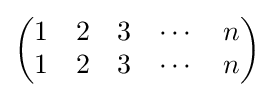
{\begin{pmatrix}1&2&3&\cdots &n\\1&2&3&\cdots &n\end{pmatrix}}